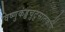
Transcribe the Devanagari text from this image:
विष्णुकंड्डचुटुसातकर्णि